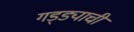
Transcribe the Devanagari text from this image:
गड्ड्याची